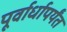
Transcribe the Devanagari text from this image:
पूर्वार्धापर्यंत